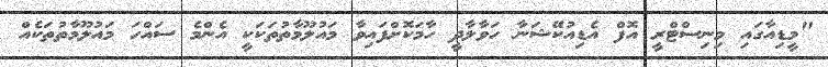
"މީޑިއާގައި މިނިސްޓްރީ އޮފް އެޑިއުކޭޝަނާ ހަވާލާދީ ހާމަކޮށްފައިވާ މައުލޫމާތުތަކަކީ އެންމެ ސައްހަ މައުލޫމާތުތަކެއް